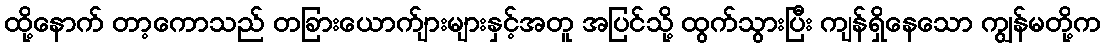
ထို့နောက် တာ့ကောသည် တခြားယောက်ျားများနှင့်အတူ အပြင်သို့ ထွက်သွားပြီး ကျန်ရှိနေသော ကျွန်မတို့က